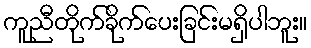
ကူညီတိုက်ခိုက်ပေးခြင်းမရှိပါဘူး။